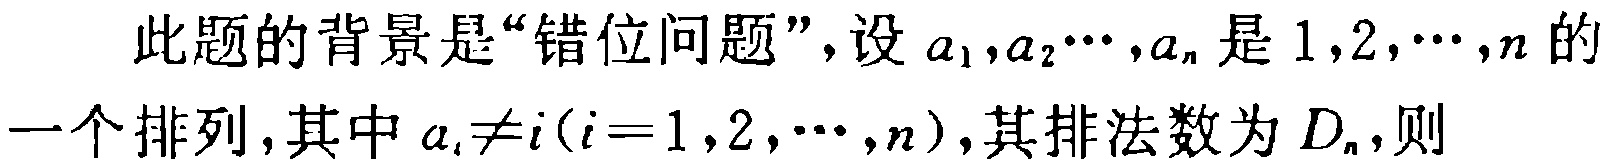
此题的背景是“错位问题”，设\(a_1,a_2\cdots,a_n\)是\(1,2,\cdots,n\)的一个排列，其中\(a_i\neq i(i = 1,2,\cdots,n)\)，其排法数为\(D_n\)，则